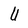
Character: U